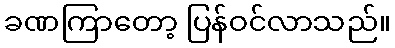
ခဏကြာတော့ ပြန်ဝင်လာသည်။